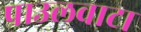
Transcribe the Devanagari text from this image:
पाउलवाटा